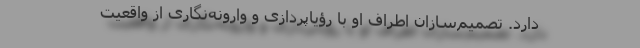
دارد. تصمیم‌سازان اطراف او با رؤیا‌پردازی و وارونه‌نگاری از واقعیت